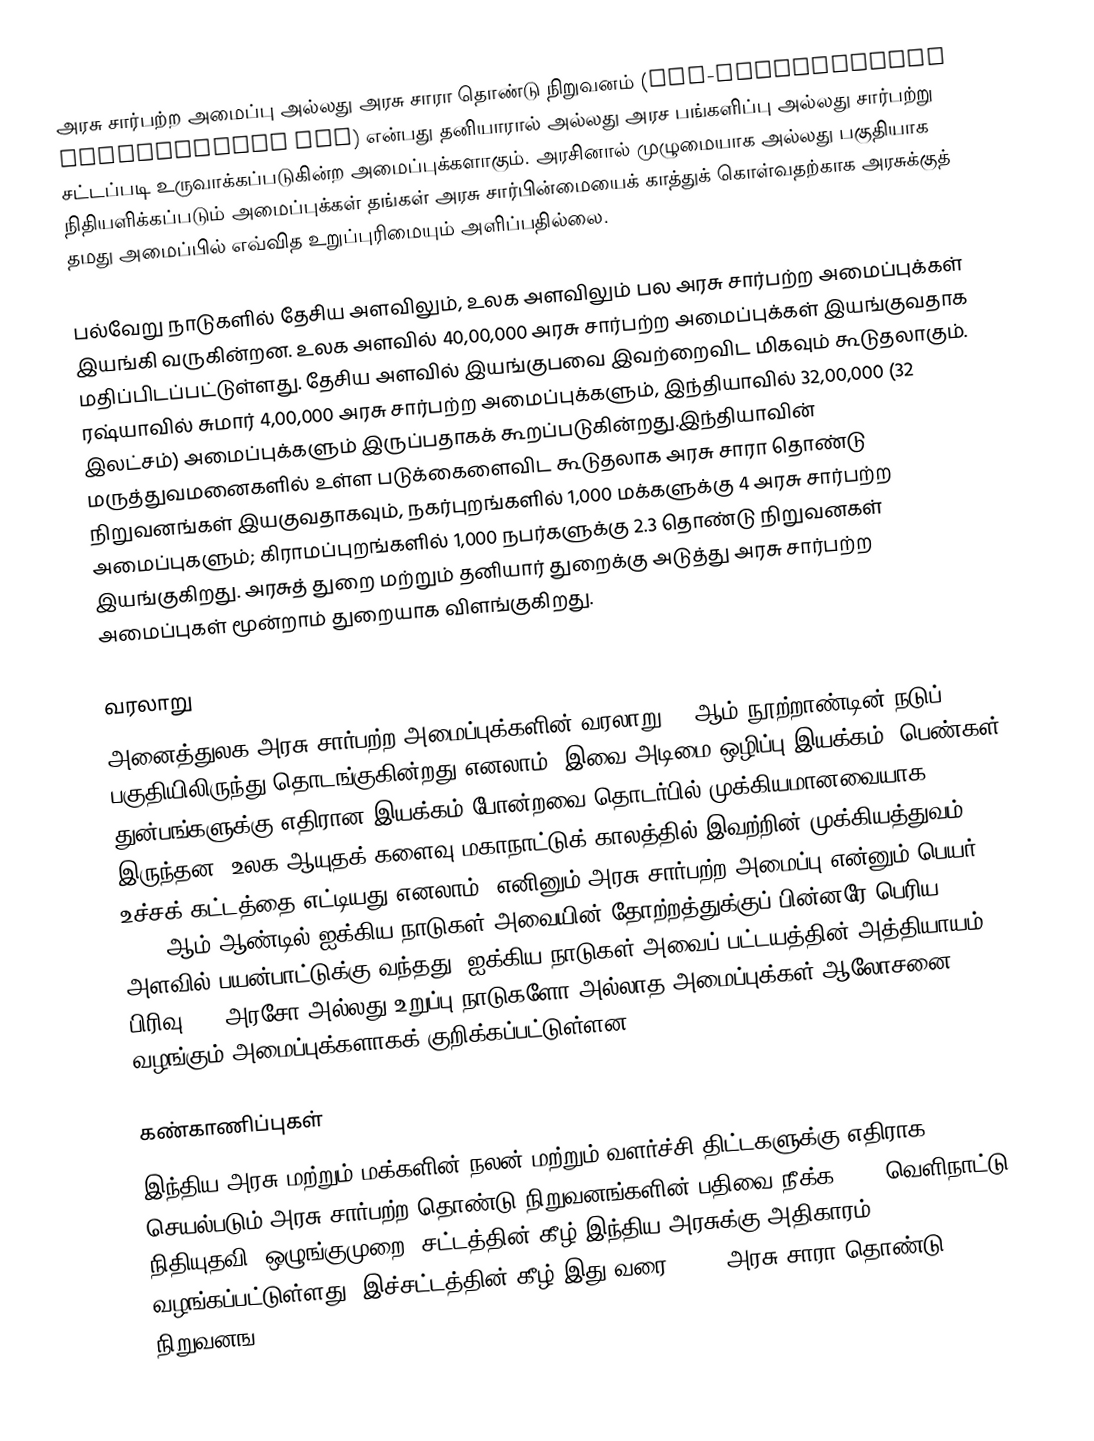
அரசு சார்பற்ற அமைப்பு அல்லது அரசு சாரா தொண்டு நிறுவனம்  (Non-governmental organization NGO) என்பது தனியாரால் அல்லது அரச பங்களிப்பு அல்லது சார்பற்று சட்டப்படி உருவாக்கப்படுகின்ற அமைப்புக்களாகும். அரசினால் முழுமையாக அல்லது பகுதியாக நிதியளிக்கப்படும் அமைப்புக்கள் தங்கள் அரசு சார்பின்மையைக் காத்துக் கொள்வதற்காக அரசுக்குத் தமது அமைப்பில் எவ்வித உறுப்புரிமையும் அளிப்பதில்லை.

பல்வேறு நாடுகளில் தேசிய அளவிலும், உலக அளவிலும் பல அரசு சார்பற்ற அமைப்புக்கள் இயங்கி வருகின்றன. உலக அளவில் 40,00,000 அரசு சார்பற்ற அமைப்புக்கள் இயங்குவதாக மதிப்பிடப்பட்டுள்ளது. தேசிய அளவில் இயங்குபவை இவற்றைவிட மிகவும் கூடுதலாகும். ரஷ்யாவில் சுமார் 4,00,000 அரசு சார்பற்ற அமைப்புக்களும், இந்தியாவில் 32,00,000  (32 இலட்சம்) அமைப்புக்களும் இருப்பதாகக் கூறப்படுகின்றது.இந்தியாவின் மருத்துவமனைகளில் உள்ள படுக்கைளைவிட கூடுதலாக அரசு சாரா தொண்டு நிறுவனங்கள் இயகுவதாகவும், நகர்புறங்களில்  1,000 மக்களுக்கு 4 அரசு சார்பற்ற அமைப்புகளும்; கிராமப்புறங்களில் 1,000 நபர்களுக்கு 2.3  தொண்டு நிறுவனகள் இயங்குகிறது. அரசுத் துறை மற்றும் தனியார் துறைக்கு அடுத்து அரசு சார்பற்ற அமைப்புகள் மூன்றாம் துறையாக விளங்குகிறது.

வரலாறு
அனைத்துலக அரசு சார்பற்ற அமைப்புக்களின் வரலாறு 19 ஆம் நூற்றாண்டின் நடுப் பகுதியிலிருந்து தொடங்குகின்றது எனலாம். இவை அடிமை ஒழிப்பு இயக்கம், பெண்கள் துன்பங்களுக்கு எதிரான இயக்கம் போன்றவை தொடர்பில் முக்கியமானவையாக இருந்தன. உலக ஆயுதக் களைவு மகாநாட்டுக் காலத்தில் இவற்றின் முக்கியத்துவம் உச்சக் கட்டத்தை எட்டியது எனலாம். எனினும் அரசு சார்பற்ற அமைப்பு என்னும் பெயர் 1945 ஆம் ஆண்டில் ஐக்கிய நாடுகள் அவையின் தோற்றத்துக்குப் பின்னரே பெரிய அளவில் பயன்பாட்டுக்கு வந்தது. ஐக்கிய நாடுகள் அவைப் பட்டயத்தின் அத்தியாயம் 10 பிரிவு 71, அரசோ அல்லது உறுப்பு நாடுகளோ அல்லாத அமைப்புக்கள் ஆலோசனை வழங்கும் அமைப்புக்களாகக் குறிக்கப்பட்டுள்ளன.

கண்காணிப்புகள்
இந்திய அரசு மற்றும் மக்களின் நலன் மற்றும் வளர்ச்சி திட்டகளுக்கு எதிராக செயல்படும் அரசு சார்பற்ற தொண்டு நிறுவனங்களின் பதிவை நீக்க 2010 வெளிநாட்டு நிதியுதவி (ஒழுங்குமுறை) சட்டத்தின் கீழ் இந்திய அரசுக்கு அதிகாரம் வழங்கப்பட்டுள்ளது. இச்சட்டத்தின் கீழ் இது வரை 4,470 அரசு சாரா தொண்டு நிறுவனங